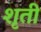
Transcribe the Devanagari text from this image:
शृती